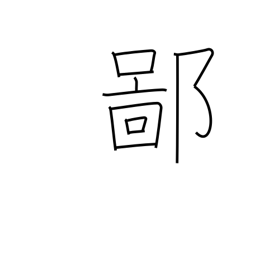
Meaning: be countrified